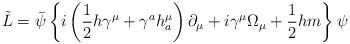
\begin{align*}\tilde L=\bar \psi \left\{ i\left( \frac 12h\gamma ^\mu +\gamma ^ah_a^\mu\right) \partial _\mu +i\gamma ^\mu \Omega _\mu +\frac 12hm\right\} \psi\end{align*}